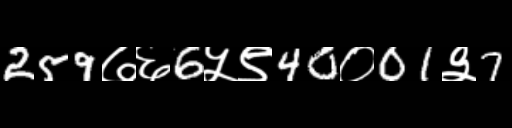
Text: 259७६6५९40०01३7